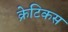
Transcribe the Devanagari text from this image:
क्रेटिकस